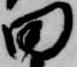
田